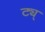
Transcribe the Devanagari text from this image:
ट्य्